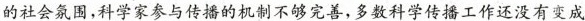
的社会氛围，科学家参与传播的机制不够完善，多数科学传播工作还没有变成